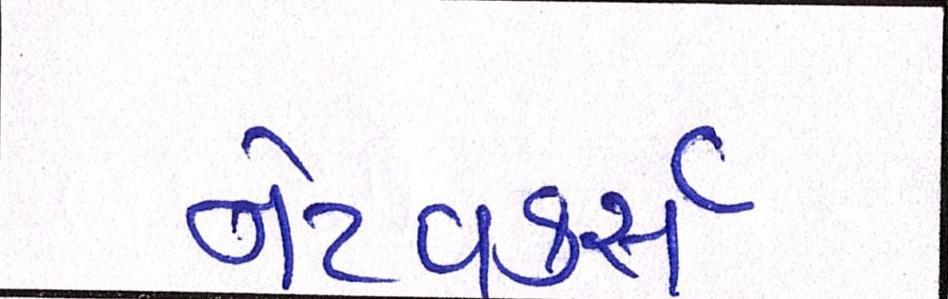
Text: નેટવર્ક્સ